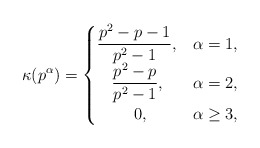
\begin{align*}\kappa(p^{\alpha})=\begin{cases} \dfrac{p^2-p-1}{p^2-1},& \alpha=1,\\ \:\:\:\:\dfrac{p^2-p}{p^2-1},& \alpha=2,\\ \:\:\:\:\:\:\:\:\:\:0,& \alpha\geq 3,\end{cases}\end{align*}